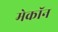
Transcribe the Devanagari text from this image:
मेकॉन